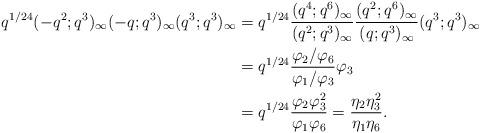
LaTeX: \begin{align*} q^{1/24}(-q^2;q^3)_\infty(-q;q^3)_\infty(q^3;q^3)_\infty &= q^{1/24}\frac{(q^4;q^6)_\infty}{(q^2;q^3)_\infty}\frac{(q^2;q^6)_\infty}{(q;q^3)_\infty}(q^3;q^3)_\infty\\ &= q^{1/24}\frac{\varphi_2/\varphi_6}{\varphi_1/\varphi_3}\varphi_3\\ &= q^{1/24}\frac{\varphi_2\varphi_3^2}{\varphi_1\varphi_6} = \frac{\eta_2\eta_3^2}{\eta_1\eta_6}.\end{align*}